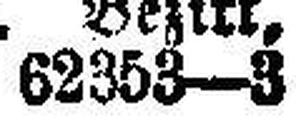
62353—3